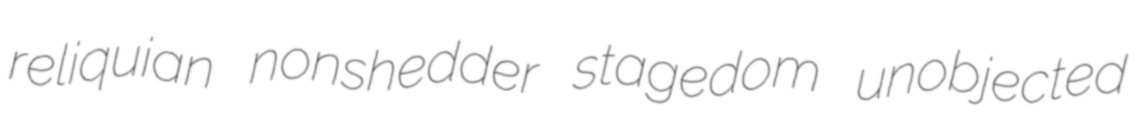
reliquian nonshedder stagedom unobjected